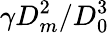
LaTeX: \gamma D_{m}^{2}/D_{0}^{3}